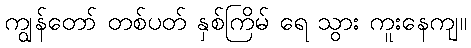
ကျွန်တော် တစ်ပတ် နှစ်ကြိမ် ရေ သွား ကူးနေကျ။